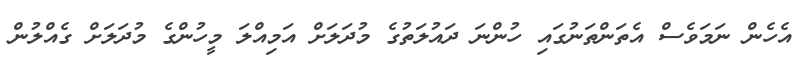
އެހެން ނަމަވެސް އެތަންތަނުގައި ހުންނަ ދައުލަތުގެ މުދަލަށް އަމިއްލަ މީހުންގެ މުދަލަށް ގެއްލުން